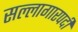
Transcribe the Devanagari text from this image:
सल्लागारपदी